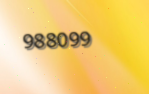
988099